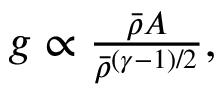
\begin{array} { r } { g \propto \frac { \bar { \rho } A } { \bar { \rho } ^ { ( \gamma - 1 ) / 2 } } , } \end{array}